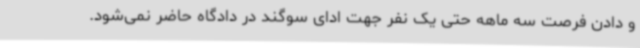
و دادن فرصت سه ماهه حتی یک نفر جهت ادای سوگند در دادگاه حاضر نمی‌شود.